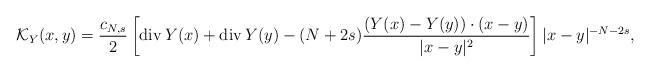
LaTeX: \begin{align*} \mathcal{K}_Y(x,y)=\frac{c_{N, s}}{2}\left[\operatorname{div} Y(x)+\operatorname{div} Y(y)-(N+2 s) \frac{(Y(x)-Y(y)) \cdot(x-y)}{|x-y|^{2}}\right]|x-y|^{-N-2 s},\end{align*}